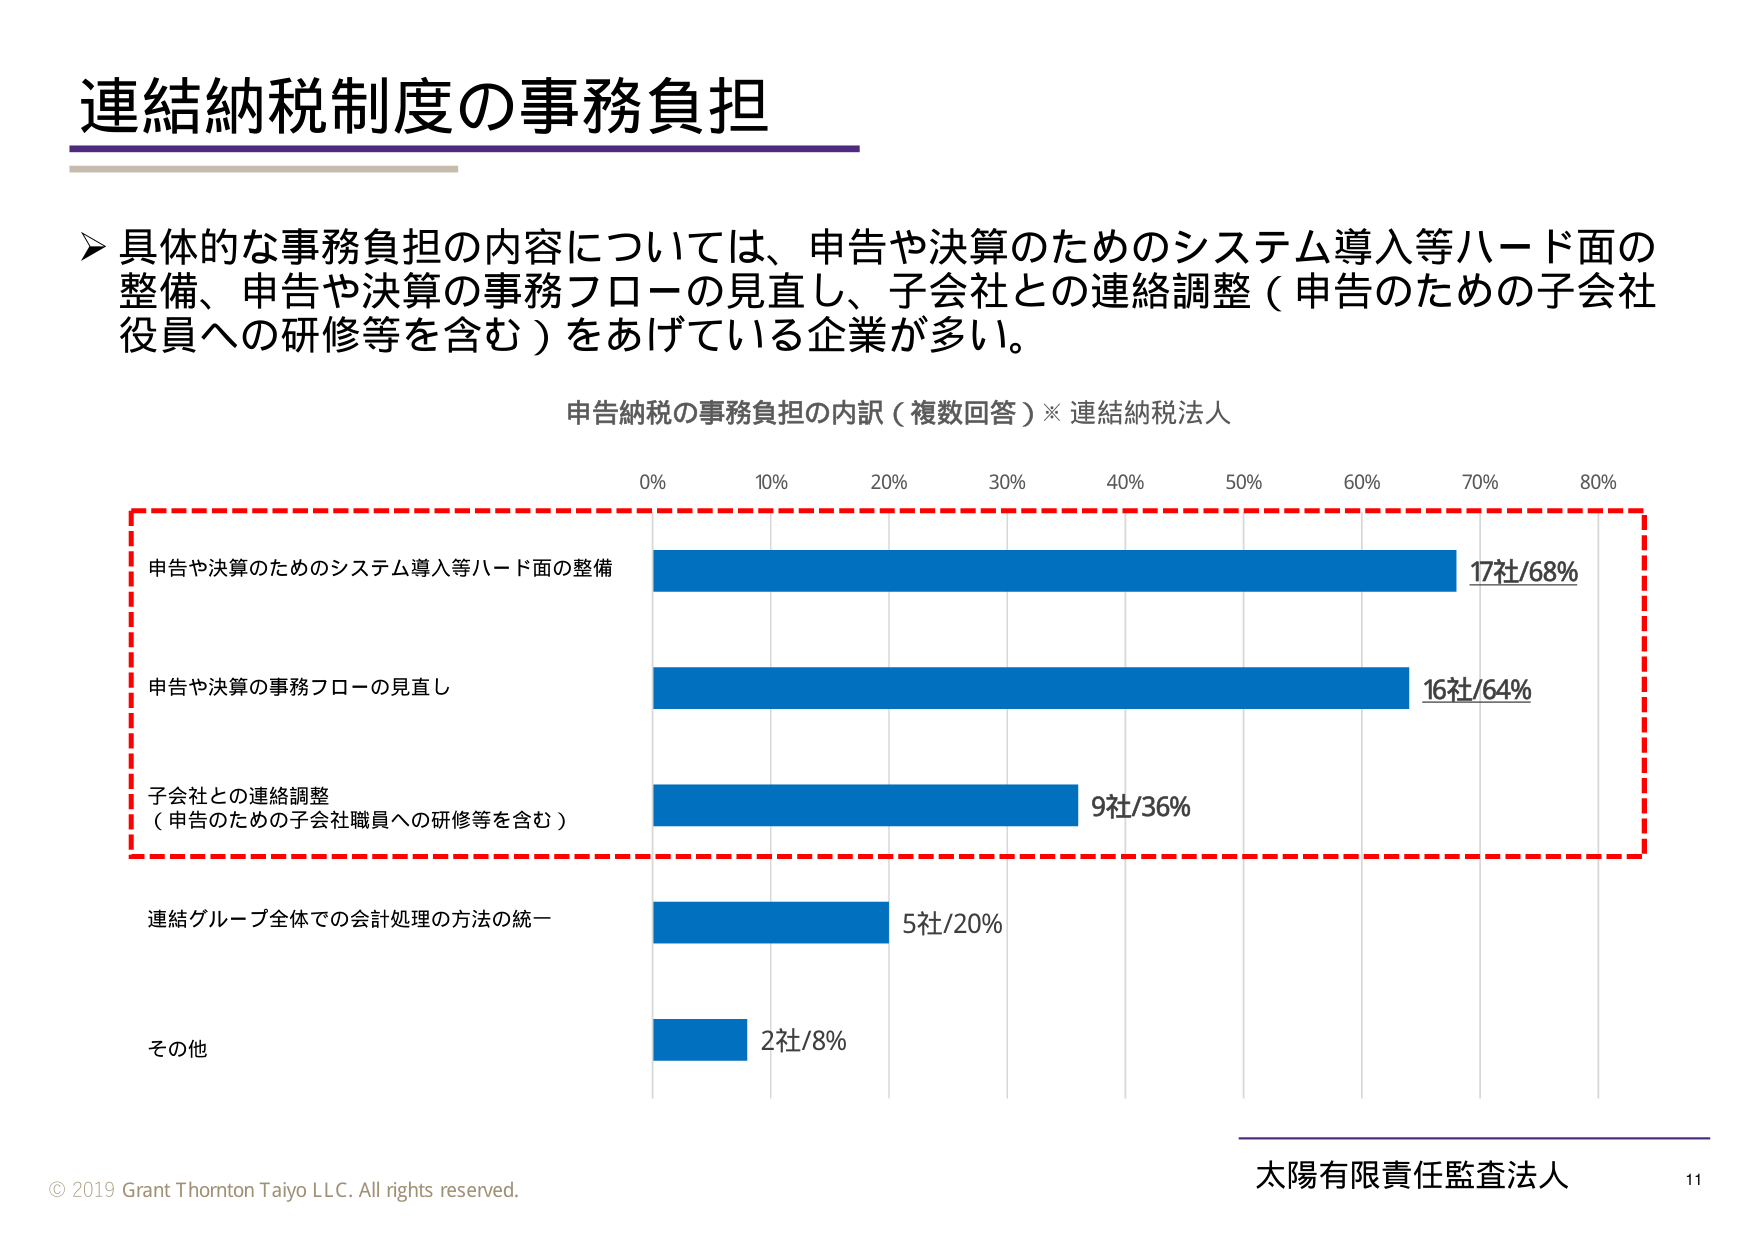
連結納税制度の事務負担

▶ 具体的な事務負担の内容については、申告や決算のためのシステム導入等ハード面の整備、申告や決算の事務フローの見直し、子会社との連絡調整（申告のための子会社役員への研修等を含む）をあげている企業が多い。

申告納税の事務負担の内訳（複数回答）※ 連結納税法人

0% 10% 20% 30% 40% 50% 60% 70% 80%

申告や決算のためのシステム導入等ハード面の整備 17社/68%

申告や決算の事務フローの見直し 16社/64%

子会社との連絡調整
（申告のための子会社職員への研修等を含む） 9社/36%

連結グループ全体での会計処理の方法の統一 5社/20%

その他 2社/8%

© 2019 Grant Thornton Taiyo LLC. All rights reserved.

太陽有限責任監査法人 11